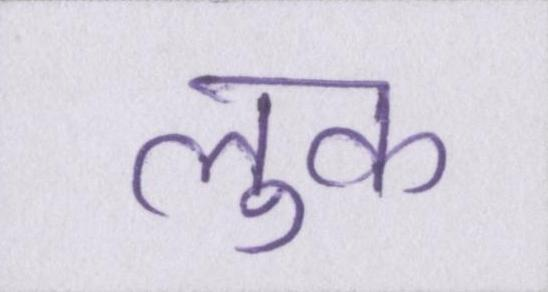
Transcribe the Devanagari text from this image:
लुक